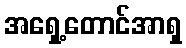
အရှေ့တောင်အာရှ